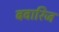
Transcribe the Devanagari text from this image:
बवारिज